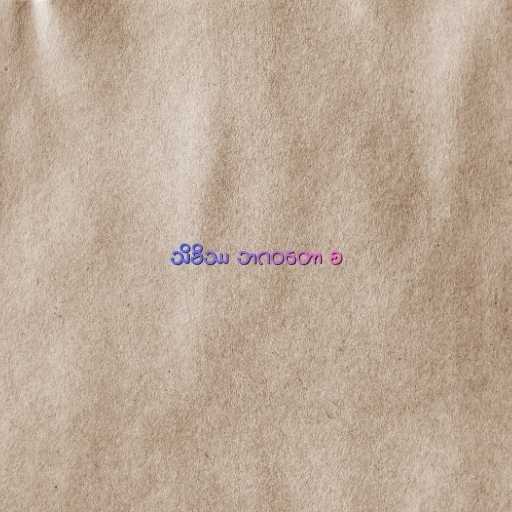
သိခိဿ ဘဂဝတော စ